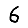
Digit: 6